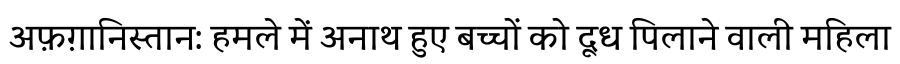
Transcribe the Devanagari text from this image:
अफ़ग़ानिस्तान: हमले में अनाथ हुए बच्चों को दूध पिलाने वाली महिला